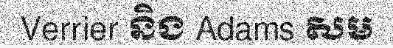
Verrier និង Adams សម